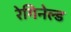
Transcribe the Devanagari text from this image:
रेगिनेल्‍ड